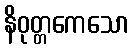
နိဝုတ္တကေသော